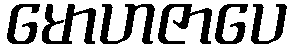
မောဟဇာပေ